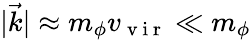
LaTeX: |\vec{k}|\approx m_{\phi}v_{\mathrm{~v~i~r~}}\ll m_{\phi}